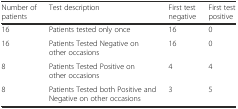
<table><thead><tr><td><b>Number of patients</b></td><td><b>Test description</b></td><td><b>First test negative</b></td><td><b>First test positive</b></td></tr></thead><tbody><tr><td>16</td><td>Patients tested only once</td><td>16</td><td>0</td></tr><tr><td>16</td><td>Patients Tested Negative on other occasions</td><td>16</td><td>0</td></tr><tr><td>8</td><td>Patients Tested Positive on other occasions</td><td>4</td><td>4</td></tr><tr><td>8</td><td>Patients Tested both Positive and Negative on other occasions</td><td>3</td><td>5</td></tr></tbody></table>